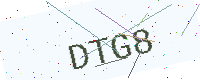
Text: DTG8